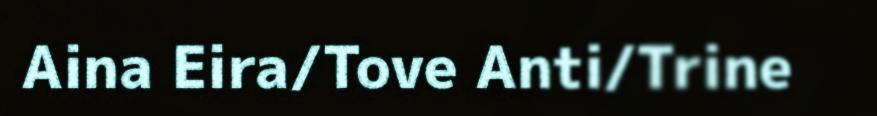
Aina Eira/Tove Anti/Trine